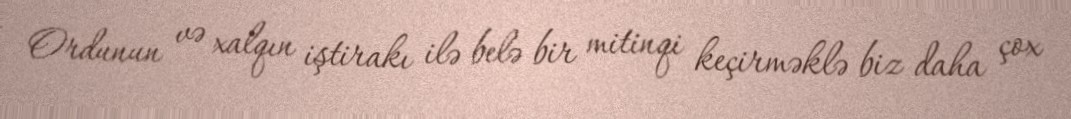
Ordunun və xalqın iştirakı ilə belə bir mitinqi keçirməklə biz daha çox